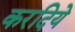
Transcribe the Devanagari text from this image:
करदिये